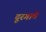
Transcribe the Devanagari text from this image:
दूरगामे